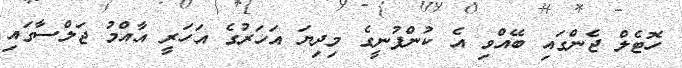
ހޮޓެލް ޖެންގައި ބޭއްވި އެ ކުންފުނީގެ މިދިޔަ އަހަރުގެ އަހަރީ އާއްމު ޖަލްސާގައި